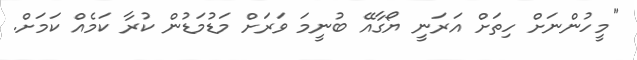
"މީހުންނަށް ހިތަށް އަރަނީ ޔޯގާއޭ ބުނީމަ ވަރަށް މަޑުމަޑުން ކުރާ ކަމެއް ކަމަށް.